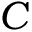
C